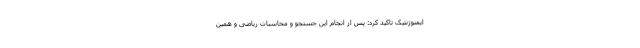
ایمنوژنتیک تاکید کرد: پس از انجام این جستجو و محاسبات ریاضی و همین